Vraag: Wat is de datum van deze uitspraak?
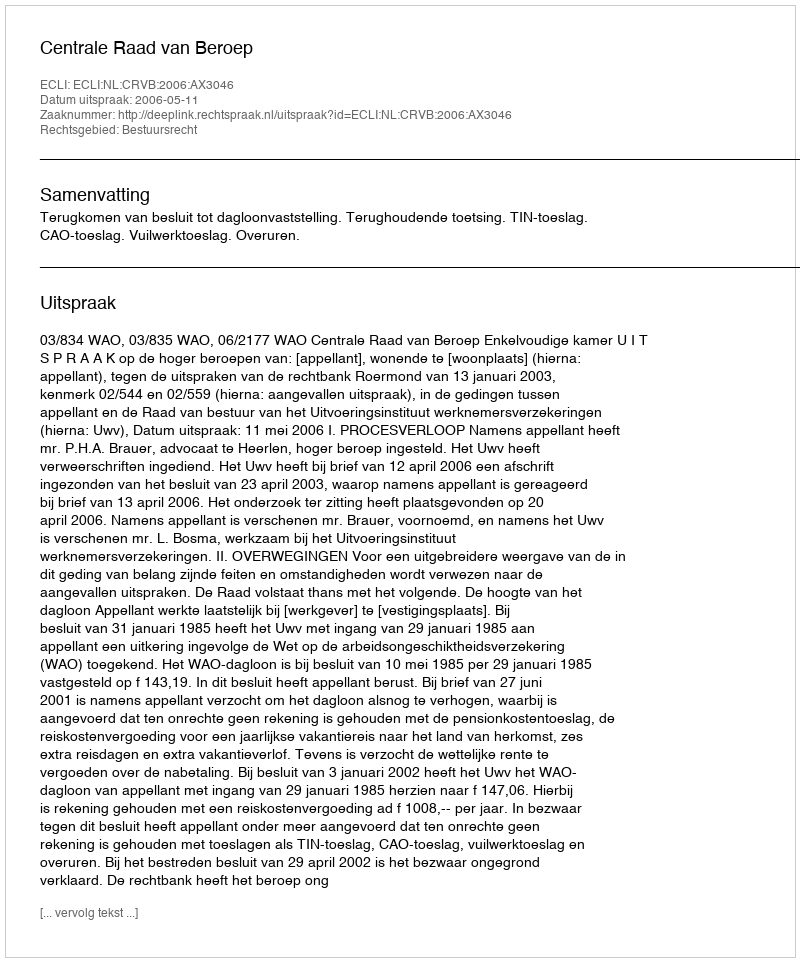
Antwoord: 2006-05-11